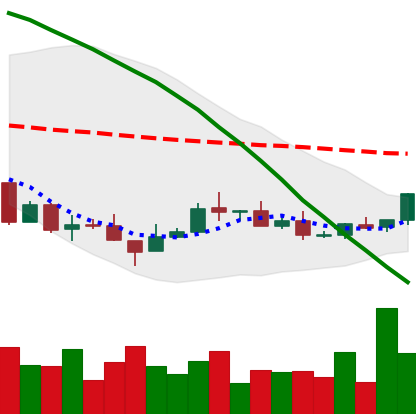
Ticker: XMR-USD
Chart end date: 2018-08-27
Forward return: 15.731%
Label: up_7plus